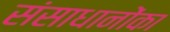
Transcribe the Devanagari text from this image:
संसाधानोंका